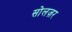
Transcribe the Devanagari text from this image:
सोलज़र